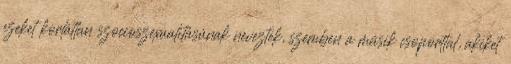
ezeket korlátlan szocioszexualitásúnak neveztek, szemben a másik csoporttal, akiket